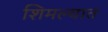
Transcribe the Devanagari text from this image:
शिमल्यात